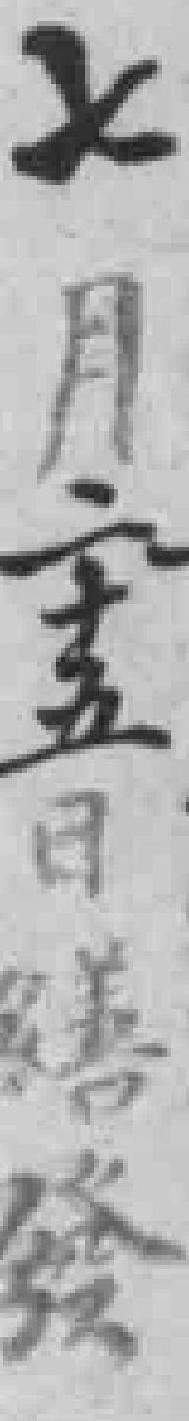
七月二十五日缮發